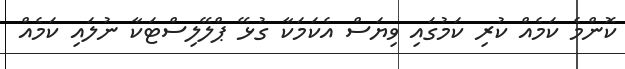
ކޮންމެ ކަމެއް ކުރި ކަމުގައި ވިޔަސް އެކަމަކާ ގުޅޭ ޕްލޭލިސްޓަކާ ނުލައި ކަމެއް